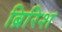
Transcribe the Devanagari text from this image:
ब्रिरिश